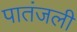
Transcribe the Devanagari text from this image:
पातंजली